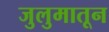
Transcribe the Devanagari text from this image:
जुलुमातून